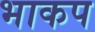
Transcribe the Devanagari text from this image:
भाकप